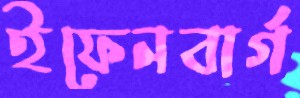
ইফেনবার্গ